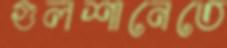
গুলশানেতে